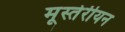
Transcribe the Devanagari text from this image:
मूस्तेरीयन